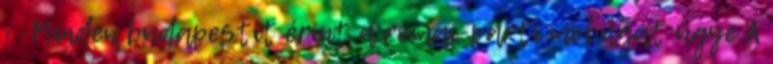
› ›Minden budapestit érint a római-parti mobilgát ügye A